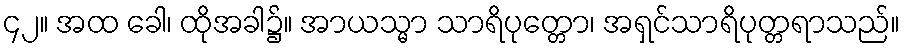
၄၂။ အထ ခေါ၊ ထိုအခါ၌။ အာယသ္မာ သာရိပုတ္တော၊ အရှင်သာရိပုတ္တရာသည်။